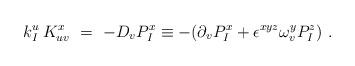
LaTeX: \begin{align*}k^u_I\,K_{uv}^x \ = \ -D_v P_{I}^x \equiv- (\partial_v P_{I}^x+ \epsilon^{xyz} \omega_{v}^y P_I^z)\ .\end{align*}